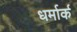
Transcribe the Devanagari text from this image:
धर्मार्क